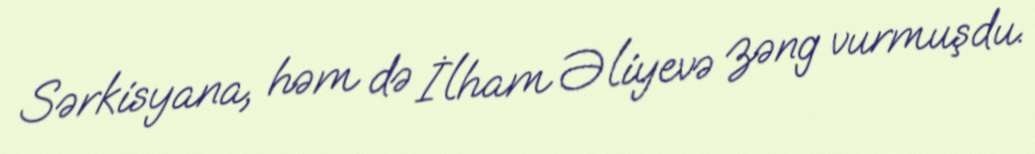
Sərkisyana, həm də İlham Əliyevə zəng vurmuşdu.